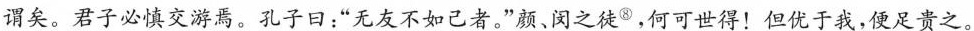
谓矣。君子必慎交游焉。孔子曰：”无友不如己者。”颜、闵之徒^{⑧}，何世得！但优于我，便足贵之。